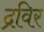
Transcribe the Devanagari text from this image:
द्रविर